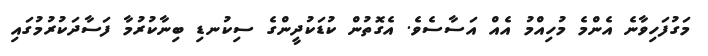
މަގުފަހިވާނެ އެންމެ މުހިއްމު އެއް އަސާސެވެ. އެގޮތުން ކުޑަކުދީންގެ ސިކުނޑި ބިނާކުރުމާ ފަސާދަކުރުމުގައި